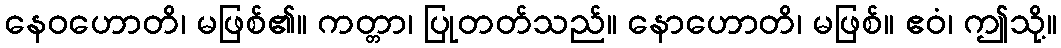
နေဝဟောတိ၊ မဖြစ်၏။ ကတ္တာ၊ ပြုတတ်သည်။ နောဟောတိ၊ မဖြစ်။ ဧဝံ၊ ဤသို့။